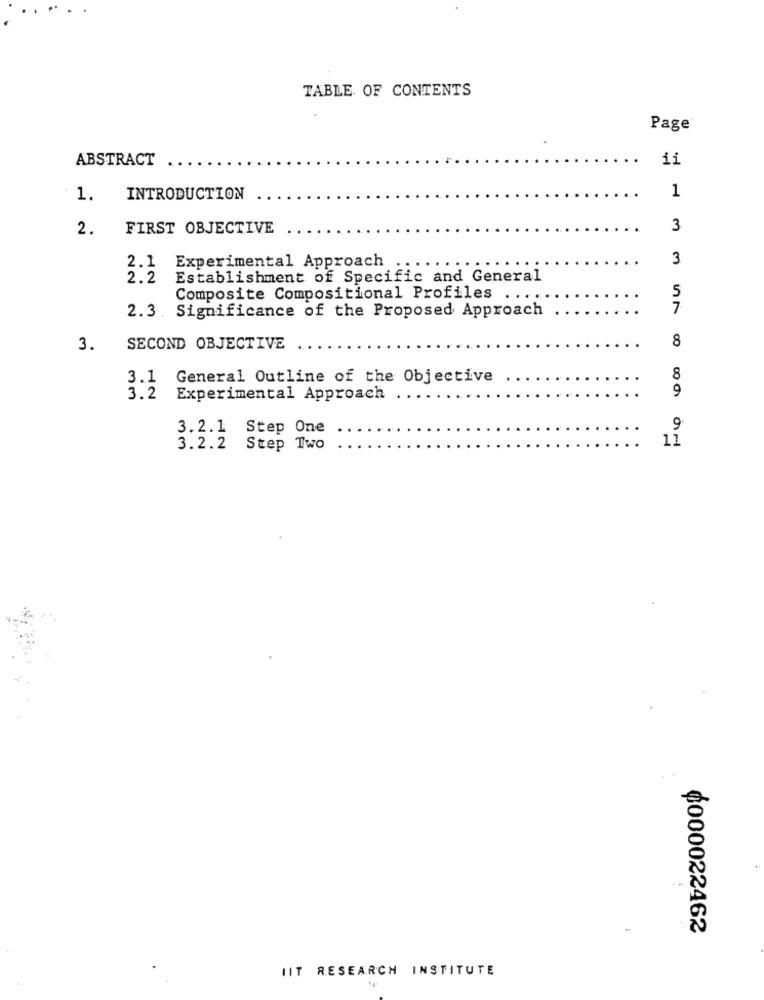
TABLE OF CONTENTS
Page
ABSTRACT
ii
1.
INTRODUCTION
1
2.
FIRST OBJECTIVE
3
3
2.1 Experimental Approach
2.2
Establishment of Specific and General
5
Composite Compositional Profiles . ..
2.3. Significance of the Proposed Approach
7
8
3.
SECOND OBJECTIVE
3.1 General Outline of the Objective
8
9
3.2 Experimental Approach
3.2.1 Step One
9
11
3.2.2 Step Two
0000022462
IIT RESEARCH INSTITUTE